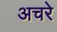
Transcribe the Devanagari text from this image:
अचरे